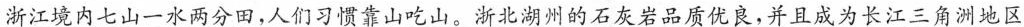
\underline{浙江境内七山一水两分田，人们习惯靠山吃山。浙北湖州的石灰岩品质优良，并且成为长江三角洲地区}